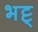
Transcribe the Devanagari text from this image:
भट्ट्